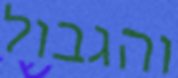
והגבול